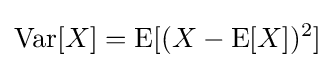
\operatorname {Var} [X]=\operatorname {E} [(X-\operatorname {E} [X])^{2}]